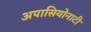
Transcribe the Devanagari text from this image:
अपासियोनाटी